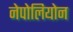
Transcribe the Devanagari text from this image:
नेपोलियोन